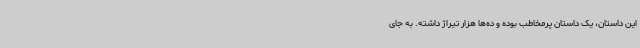
این داستان، یک داستان پرمخاطب بوده و ده‌ها هزار تیراژ داشته. به جای